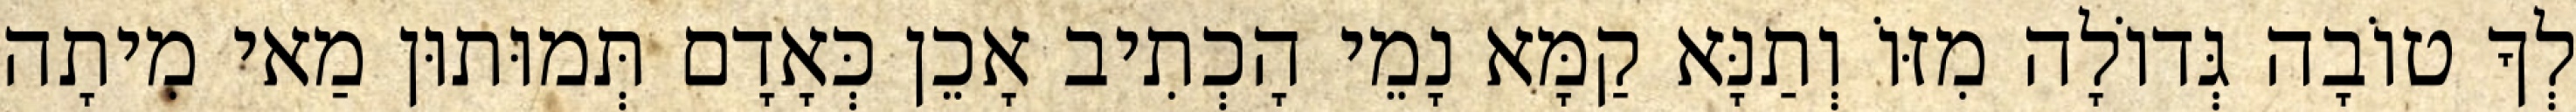
לְךָ טוֹבָה גְּדוֹלָה מִזּוֹ וְתַנָּא קַמָּא נָמֵי הָכְתִיב אָכֵן כְּאָדָם תְּמוּתוּן מַאי מִיתָה